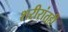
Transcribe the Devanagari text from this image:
शरीरांतही